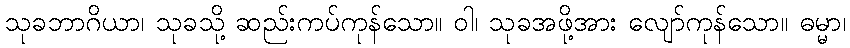
သုခဘာဂိယာ၊ သုခသို့ ဆည်းကပ်ကုန်သော။ ဝါ၊ သုခအဖို့အား လျော်ကုန်သော။ ဓမ္မာ၊